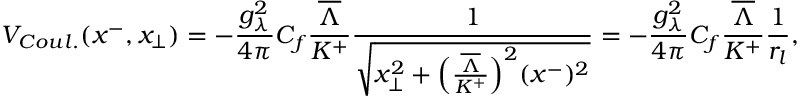
V _ { C o u l . } ( x ^ { - } , x _ { \bot } ) = - { \frac { g _ { \lambda } ^ { 2 } } { 4 \pi } } C _ { f } { \frac { \overline { { { \Lambda } } } } { K ^ { + } } } { \frac { 1 } { \sqrt { x _ { \bot } ^ { 2 } + \Big ( { \frac { \overline { { { \Lambda } } } } { K ^ { + } } } \Big ) ^ { 2 } ( x ^ { - } ) ^ { 2 } } } } = - { \frac { g _ { \lambda } ^ { 2 } } { 4 \pi } } C _ { f } { \frac { \overline { { { \Lambda } } } } { K ^ { + } } } { \frac { 1 } { r _ { l } } } ,